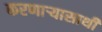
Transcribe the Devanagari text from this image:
करणार्‍यासाथी